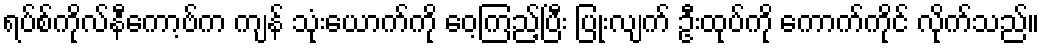
ရပ်စ်ကိုလ်နီကော့ဗ်က ကျန် သုံးယောက်ကို ဝေ့ကြည့်ပြီး ပြုံးလျက် ဦးထုပ်ကို ကောက်ကိုင် လိုက်သည်။